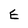
Character: E